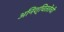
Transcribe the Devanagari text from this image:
अनिश्चिततेची